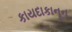
કાયદાકાનૂન